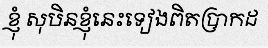
ខ្ញុំ សុបិនខ្ញុំនេះទៀងពិតប្រាកដ